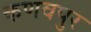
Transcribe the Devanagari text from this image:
कणवपुर